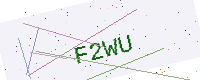
Text: F2WU